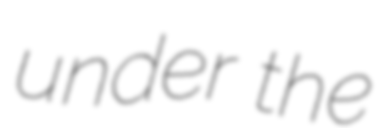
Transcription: under the